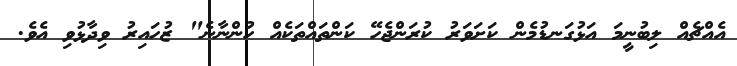
އެއްޗެއް ލިބުނީމަ އަޅުގަނޑުމެން ކަށަވަރު ކުރަންޖެހޭ ކަންތައްތަކެއް ހުންނާނެ" ޒުހައިރު ވިދާޅުވި އެވެ.